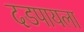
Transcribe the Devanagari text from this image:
दडपायला